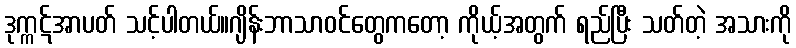
ဒုက္ကဋ်အာပတ် သင့်ပါတယ်။ဂျိန်းဘာသာဝင်တွေကတော့ ကိုယ့်အတွက် ရည်ပြီး သတ်တဲ့ အသားကို